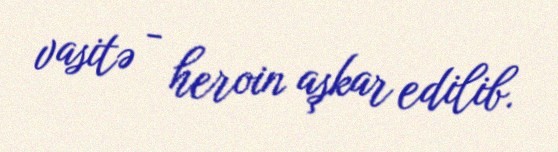
vasitə - heroin aşkar edilib.